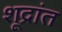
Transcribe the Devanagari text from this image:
शूद्रांत